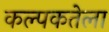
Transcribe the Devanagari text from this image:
कल्पकतेला